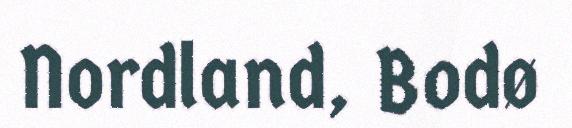
Nordland, Bodø